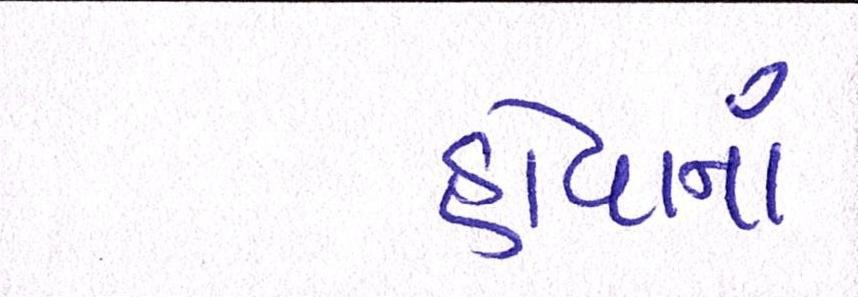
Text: હોવાનાં